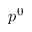
p ^ { 0 }